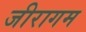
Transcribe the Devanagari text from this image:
जीरागम